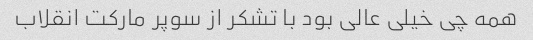
همه چی خیلی عالی بود با تشکر از سوپر مارکت انقلاب